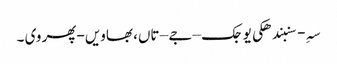
سہِ-سنبندھکی یوجک – جے – تاں، بھاویں -پھر وی ۔